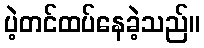
ပဲ့တင်ထပ်နေခဲ့သည်။